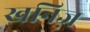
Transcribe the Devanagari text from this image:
खनिज़